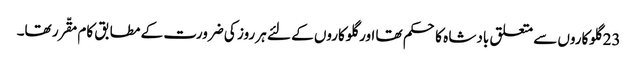
23 گلوکاروں سے متعلق بادشا ہ کا حکم تھا اور گلوکاروں کے لئے ہر روز کی ضرورت کے مطابق کام مقّرر تھا۔